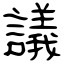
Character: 議